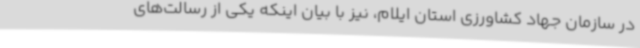
در سازمان جهاد کشاورزی استان ایلام، نیز با بیان اینکه یکی از رسالت‌های